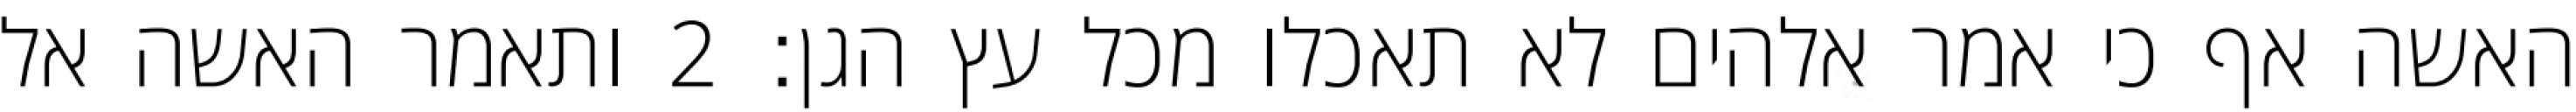
האשה אף כי אמר אלהים לא תאכלו מכל עץ הגן׃ ‎2‏ ותאמר האשה אל